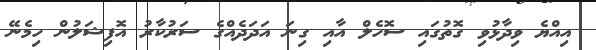
އިއްޔެ ވިދާޅުވި ގޮތުގައި ސޮހެލް އާއި ގިނަ އަދަދެއްގެ ސަރުކާރު އޮފިޝަލުން ހިމެނޭ